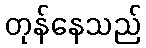
တုန်နေသည်